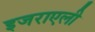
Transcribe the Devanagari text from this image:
इजराएली